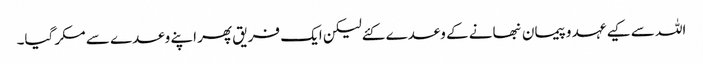
اللہ سے کیے عہد وپیمان نبھانے کے وعدے کئےلیکن ایک فریق پھر اپنے وعدے سے مکر گیا۔